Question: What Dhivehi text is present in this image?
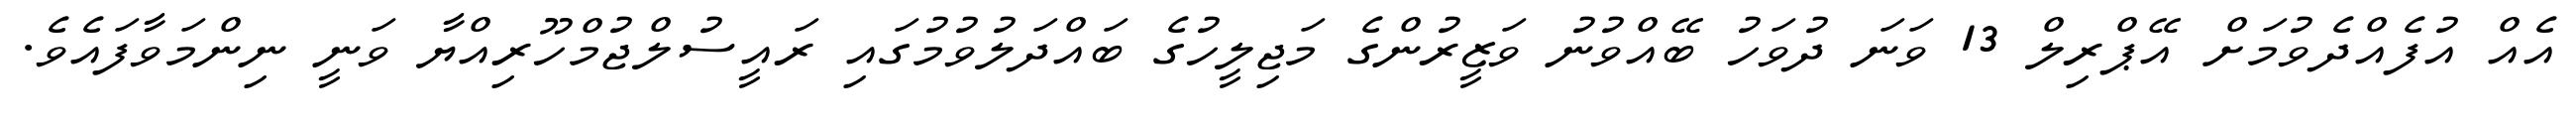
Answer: އެއް އުފެއްދެވުމަށް އޭޕްރިލް 13 ވަނަ ދުވަހު ބޭއްވުނު ވަޒީރުންގެ މަޖިލީހުގެ ބައްދަލުވުމުގައި ރައީސުލްޖުމްހޫރިއްޔާ ވަނީ ނިންމަވާފައެވެ.